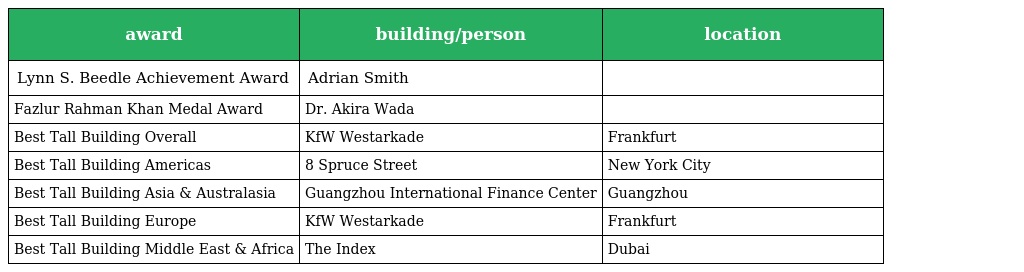
| award | building/person | location |
 | --- | --- | --- |
 | Lynn S. Beedle Achievement Award | Adrian Smith |  |
 | Fazlur Rahman Khan Medal Award | Dr. Akira Wada |  |
 | Best Tall Building Overall | KfW Westarkade | Frankfurt |
 | Best Tall Building Americas | 8 Spruce Street | New York City |
 | Best Tall Building Asia & Australasia | Guangzhou International Finance Center | Guangzhou |
 | Best Tall Building Europe | KfW Westarkade | Frankfurt |
 | Best Tall Building Middle East & Africa | The Index | Dubai |